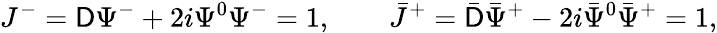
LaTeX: J^{-}=\mathsf{D}\Psi^{-}+2i\Psi^{0}\Psi^{-}=1,\qquad\bar{{J}}^{+}=\bar{{\mathsf{D}}}\bar{{\Psi}}^{+}-2i\bar{{\Psi}}^{0}\bar{{\Psi}}^{+}=1,